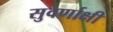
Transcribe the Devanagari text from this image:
सुवर्णाक्षी